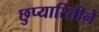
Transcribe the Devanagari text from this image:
छुप्यारितीने